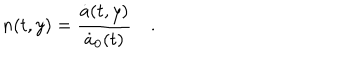
n ( t , y ) = { \frac { \dot { a } ( t , y ) } { \dot { a } _ { 0 } ( t ) } } \quad .